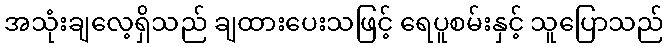
အသုံးချလေ့ရှိသည် ချထားပေးသဖြင့် ရေပူစမ်းနှင့် သူပြောသည်